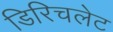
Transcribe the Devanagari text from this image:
डिरिचलेट